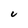
Character: u